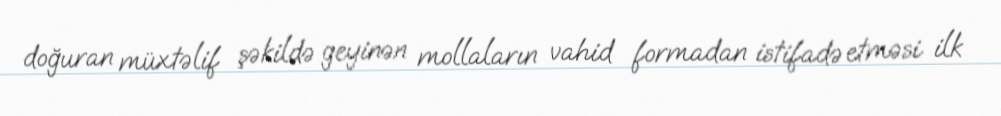
doğuran müxtəlif şəkildə geyinən mollaların vahid formadan istifadə etməsi ilk